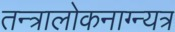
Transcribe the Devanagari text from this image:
तन्त्रालोकनाग्न्यत्र